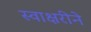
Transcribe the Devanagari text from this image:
स्वाक्षरीने